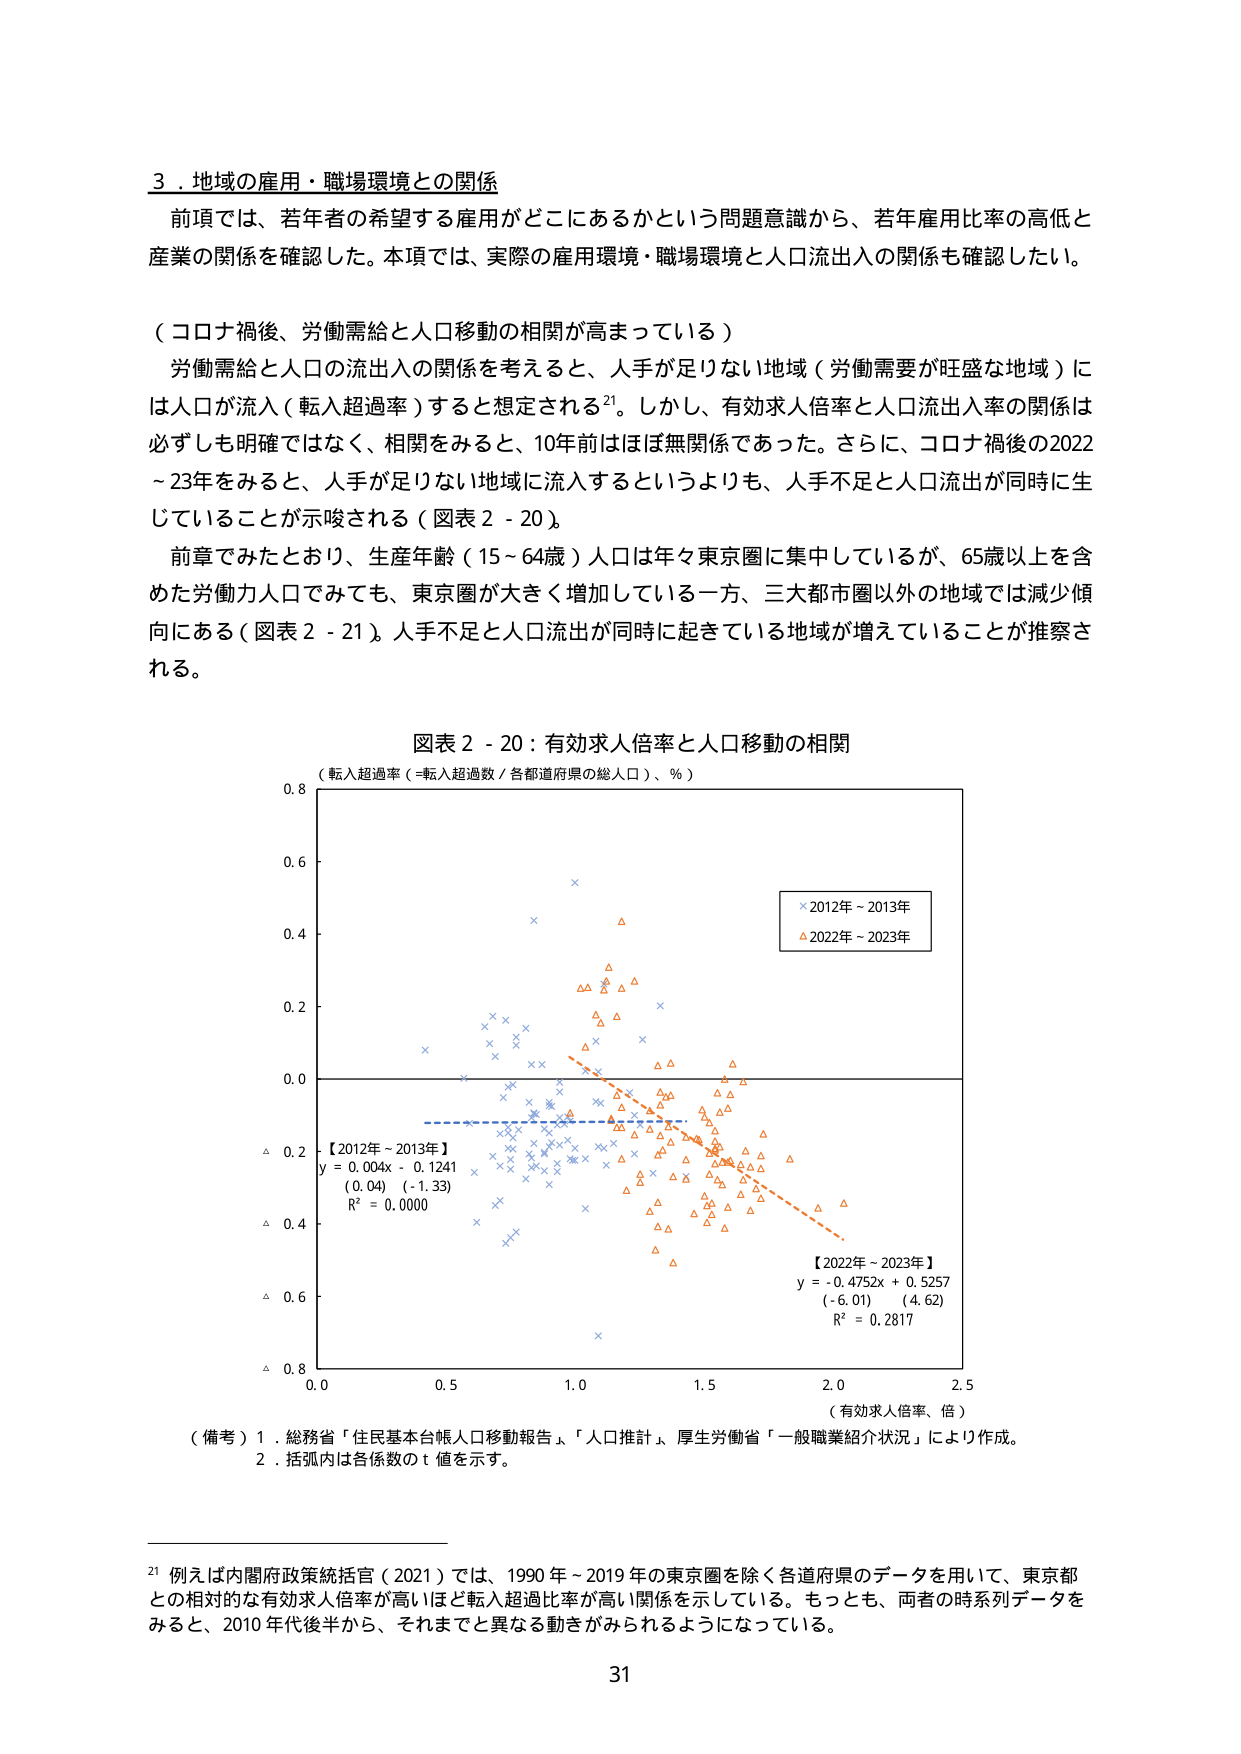
3．地域の雇用・職場環境との関係
前項では、若年者の希望する雇用がどこにあるかという問題意識から、若年雇用比率の高低と産業の関係を確認した。本項では、実際の雇用環境・職場環境と人口流出入の関係も確認したい。

（コロナ禍後、労働需給と人口移動の相関が高まっている）
労働需給と人口の流出入の関係を考えると、人手が足りない地域（労働需要が旺盛な地域）には人口が流入（転入超過率）すると想定される²¹。しかし、有効求人倍率と人口流出入率の関係は必ずしも明確ではなく、相関をみると、10年前はほぼ無関係であった。さらに、コロナ禍後の2022～23年をみると、人手が足りない地域に流入するというよりも、人手不足と人口流出が同時に生じていることが示唆される（図表2-20）。
前章でみたとおり、生産年齢（15～64歳）人口は年々東京圏に集中しているが、65歳以上を含めた労働力人口でみても、東京圏が大きく増加している一方、三大都市圏以外の地域では減少傾向にある（図表2-21）。人手不足と人口流出が同時に起きている地域が増えていることが推察される。

図表2-20：有効求人倍率と人口移動の相関
（転入超過率（=転入超過数／各都道府県の総人口）、％）

【2012年～2013年】
y = 0.004x - 0.1241
(0.04) (-1.33)
R² = 0.0000

【2022年～2023年】
y = -0.4752x + 0.5257
(-6.01) (4.62)
R² = 0.2817

（有効求人倍率、倍）

（備考）1．総務省「住民基本台帳人口移動報告」、「人口推計」、厚生労働省「一般職業紹介状況」により作成。
2．括弧内は各係数のt値を示す。

²¹ 例えば内閣府政策統括官（2021）では、1990年～2019年の東京圏を除く各道府県のデータを用いて、東京都との相対的な有効求人倍率が高いほど転入超過比率が高い関係を示している。もっとも、両者の時系列データをみると、2010年代後半から、それまでと異なる動きがみられるようになっている。

31